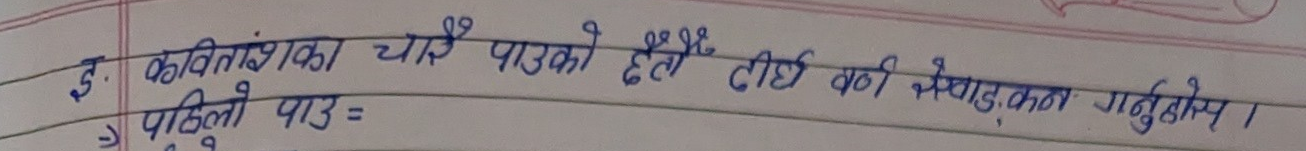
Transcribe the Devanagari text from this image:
क: कवितांशका चाखे पाएको हेटै टिर्ध की चोखाड, करन गनुहोस ।
=> पहिला पाठ =